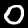
Digit: 0